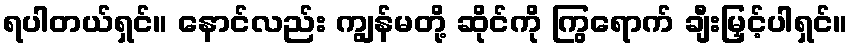
ရပါတယ်ရှင်။ နောင်လည်း ကျွန်မတို့ ဆိုင်ကို ကြွရောက် ချီးမြှင့်ပါရှင်။